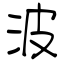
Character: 波